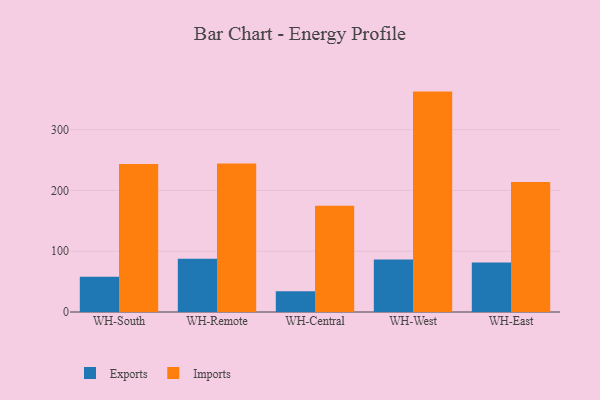
{"axis": {"x": "Warehouse", "y": "Market Share (%)"}, "legend": ["Exports", "Imports"], "data": [{"x": "WH-South", "y": 58.0, "type": "Exports"}, {"x": "WH-South", "y": 243.3, "type": "Imports"}, {"x": "WH-Remote", "y": 87.7, "type": "Exports"}, {"x": "WH-Remote", "y": 244.3, "type": "Imports"}, {"x": "WH-Central", "y": 34.1, "type": "Exports"}, {"x": "WH-Central", "y": 174.7, "type": "Imports"}, {"x": "WH-West", "y": 86.2, "type": "Exports"}, {"x": "WH-West", "y": 362.6, "type": "Imports"}, {"x": "WH-East", "y": 81.5, "type": "Exports"}, {"x": "WH-East", "y": 213.9, "type": "Imports"}]}